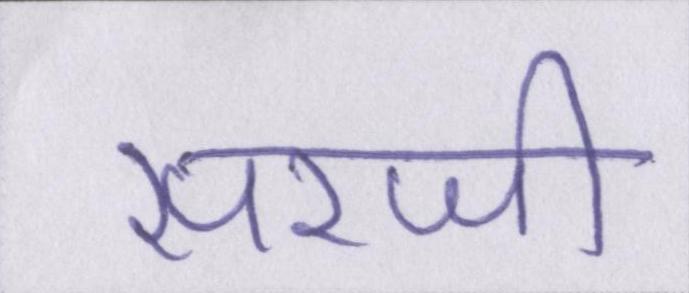
सरजी